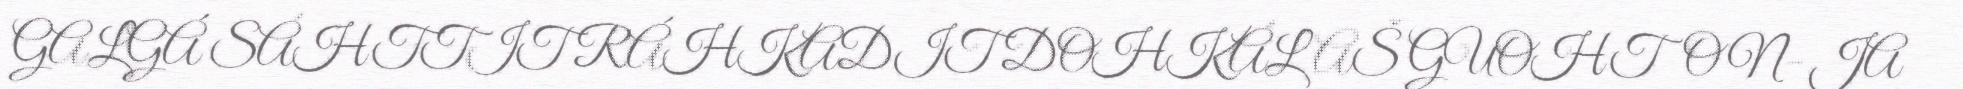
GALGÁ SÁHTTIT RÁHKADIT DOHKÁLAŠ GUOHTON- JA